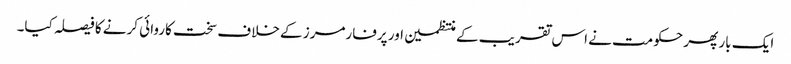
ایک بار پھر حکومت نے اس تقریب کے منتظمین اور پرفارمرز کے خلاف سخت کاروائی کرنے کا فیصلہ کیا۔